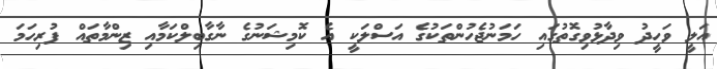
އަލީ ވަހީދު ވިދާޅުވިގޮތުގައި ހަމަނުޖެހުންތަކުގެ އަސްލަކީ އެ ކޮމިޝަނުގެ ނާގާބިލްކަމާއި ޒިންމާތައް ފުރިހަމަ